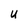
Character: U